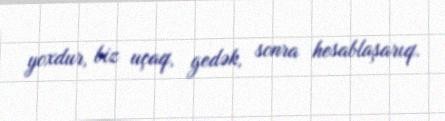
yoxdur, biz uçaq, gedək, sonra hesablaşarıq.